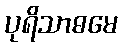
ပုရိသာဓမေ